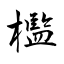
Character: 檻